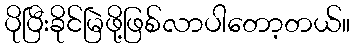
ပိုပြီးခိုင်မြဲဖို့ဖြစ်လာပါတော့တယ်။